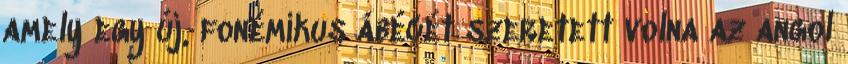
amely egy új, fonémikus ábécét szeretett volna az angol